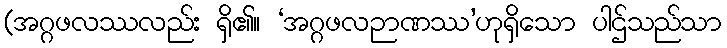
(အဂ္ဂဖလဿလည်း ရှိ၏။ ‘အဂ္ဂဖလဉာဏဿ’ဟုရှိသော ပါဌ်သည်သာ